Vaccination report Assam 1874-1896 - 1874-1896
Year: 1874
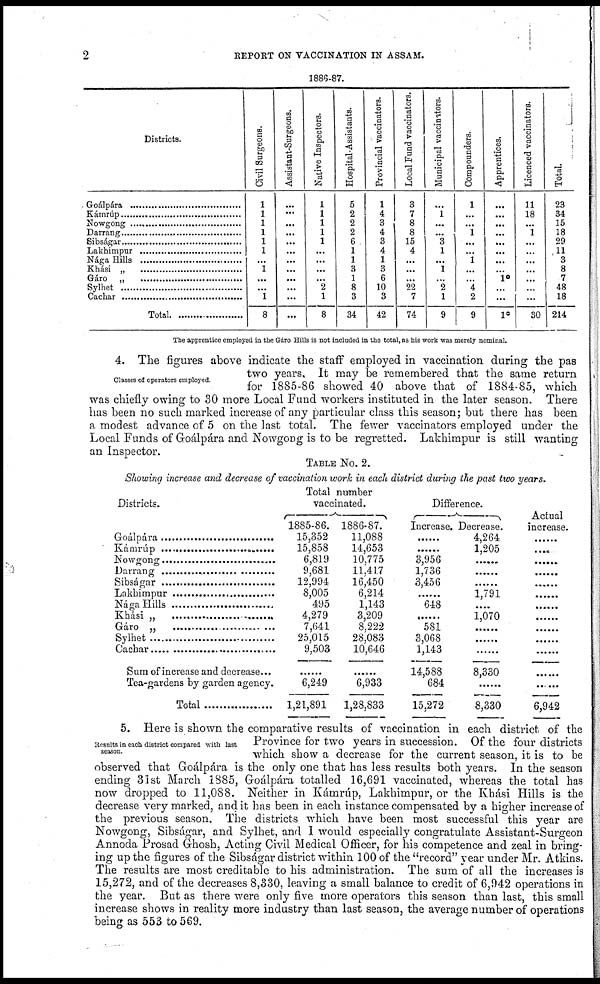
2
REPORT ON VACCINATION IN ASSAM.
1886-87.
Districts.
Goálpára............................
Kámrúp..........................................
Nowgong..........................................
Darrang..........................................
Sibságar..........................................
Lakhimpur..........................................
Nága Hills..........................................
Khási „ ..........................................
Gáro „ ..........................................
Sylhet..........................................
Cachar..........................................
Total. ..........................................
Civil Surgeons.
1
1
1
1
1
1
...
1
...
...
1
8
Assistant-Surgeons.
...
...
...
...
...
...
...
...
...
...
...
...
Native Inspectors.
1
1
1
1
1
...
...
...
...
2
1
8
Hospital-Assistants.
5
2
2
2
6
1
1
3
1
8
3
34
Provincial vaccinators.
1
4
3
4
3
4
1
3
6
10
3
42
Local Fund vaccinators.
3
7
8
8
15
4
...
...
...
22
7
74
Municipal vaccinators.
...
1
...
...
3
1
...
1
...
2
1
9
Compounders.
1
...
...
1
...
...
1
...
...
4
2
9
Apprentices.
...
...
...
...
...
... ...
...
10
...
...
10
Licenced vaccinators.
11
18
...
1
...
...
...
...
...
...
...
30
Total.
23
34
15
18
29
11
3
8
7
48
18
214
The apprentice employed in the Gáro Hills is not included in the total, as his work was merely nominal.
Classes of operators employed.
4. The figures above indicate the staff employed in vaccination during the pas
two years. It may be remembered that the same return
for 1885-86 showed 40 above that of 1884-85, which
was chiefly owing to 30 more Local Fund workers instituted in the later season. There
has been no such marked increase of any particular class this season; but there has been
a modest advance of 5 on the last total. The fewer vaccinators employed under the
Local Funds of Goálpára and Nowgong is to be regretted. Lakhimpur is still wanting
an Inspector.
TABLE NO. 2.
Showing increase and decrease of vaccination work in each district during the past two years.
Districts.
Goálpára..........................
Kámrúp..........................
Nowgong..........................
Darrang..........................
Sibságar..........................
Lakhimpur..........................
Nága Hills..........................
Khási „ ..........................
Gáro „ ..........................
Sylhet..........................
Cachar..........................
Sum of increase and decrease...
Tea-gardens by garden agency.
Total..........................
Total number
vaccinated.
1885-86.
15,352
15,858
6,819
9,681
12,994
8,005
495
4,279
7,641
25,015
9,503
........
6,249
1,21,891
1886-87.
11,088
14,653
10,775
11,417
16,450
6,214
1,143
3,209
8,222
28,083
10,646
........
6,933
1,28,833
Difference.
Increase.
........
........
3,956
1,736
3,456
........
648
........
581
3,068
1,143
14,588
684
15,272
Decrease.
4,264
1,205
........
........
........
1,791
........
1,070
........
........
........
8,330
........
8,330
Actual
increase.
......
........
........
........
........
........
........
........
........
........
........
........
........
6,942
Results in each district compared with last
season.
5. Here is shown the comparative results of vaccination in each district of the
Province for two years in succession. Of the four districts
which show a decrease for the current season, it is to be
observed that Goálpára is the only one that has less results both years. In the season
ending 31st March 1885, Goálpára totalled 16,691 vaccinated, whereas the total has
now dropped to 11,088. Neither in Kámrúp, Lakhimpur, or the Khási Hills is the
decrease very marked, and it has been in each instance compensated by a higher increase of
the previous season. The districts which have been most successful this year are
Nowgong, Sibságar, and Sylhet, and I would especially congratulate Assistant-Surgeon
Annoda Prosad Ghosh, Acting Civil Medical Officer, for his competence and zeal in bring-
ing up the figures of the Sibságar district within 100 of the "record" year under Mr. Atkins.
The results are most creditable to his administration. The sum of all the increases is
15,272, and of the decreases 8,330, leaving a small balance to credit of 6,942 operations in
the year. But as there were only five more operators this season than last, this small
increase shows in reality more industry than last season, the average number of operations
being as 553 to 569.